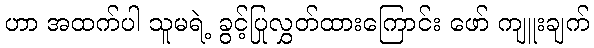
ဟာ အထက်ပါ သူမရဲ့ ခွင့်ပြုလွှတ်ထားကြောင်း ဖော် ကျူးချက်